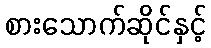
စားသောက်ဆိုင်နှင့်